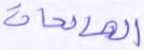
الصالحات